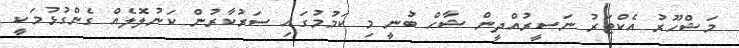
މަޝްހޫރު އެކްޓަރު ނަސީރުއްދީން ޝާހް ބުނީ މި ކަމުމުގައި ސަރުކާރުން ކަނުލޮލެއް ގެންގުޅުމަކީ